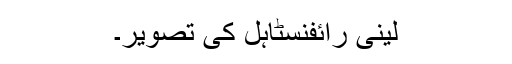
لینی رائفنسٹاہل کی تصویر۔